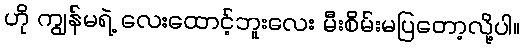
ဟို ကျွန်မရဲ့ လေးထောင့်ဘူးလေး မီးစိမ်းမပြတော့လို့ပါ။